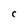
Character: C